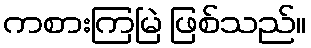
ကစားကြမြဲ ဖြစ်သည်။